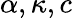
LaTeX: \alpha,\kappa,c